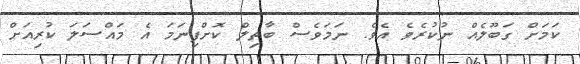
ކަމަށް ގަބޫލެއް ނުކުރެވެ އެވެ. ނަމަވެސް ބާތިލް ކޮށްފިނަމަ އެ މައްސަލަ ކުރިއަށް